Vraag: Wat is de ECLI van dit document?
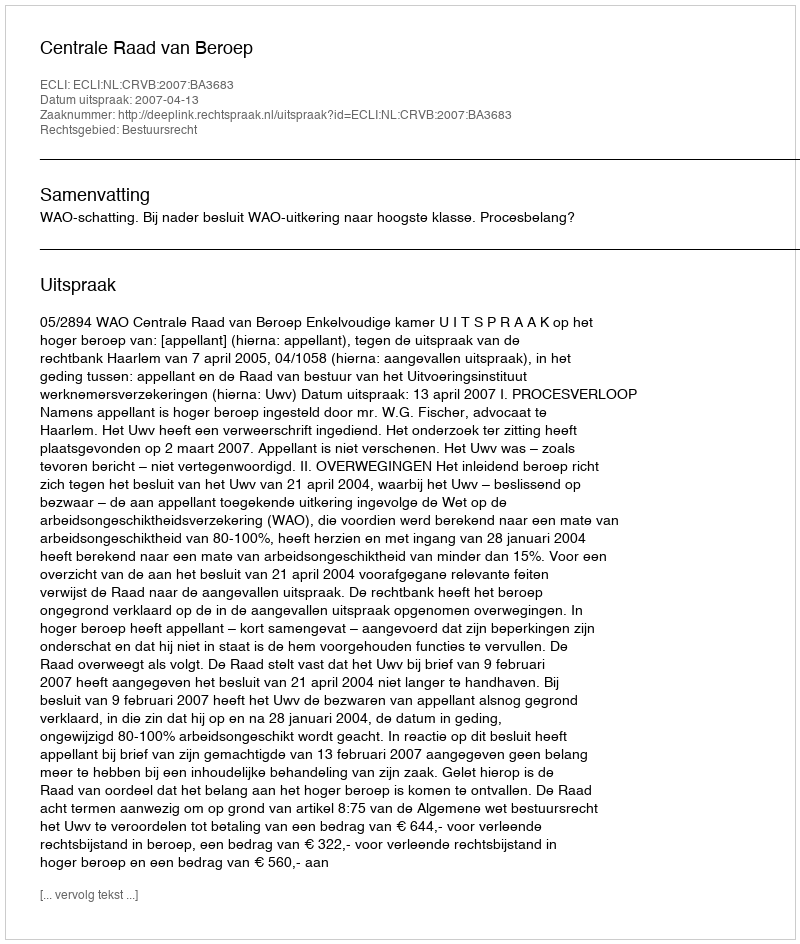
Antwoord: ECLI:NL:CRVB:2007:BA3683